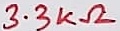
Text: 3.3KΩ